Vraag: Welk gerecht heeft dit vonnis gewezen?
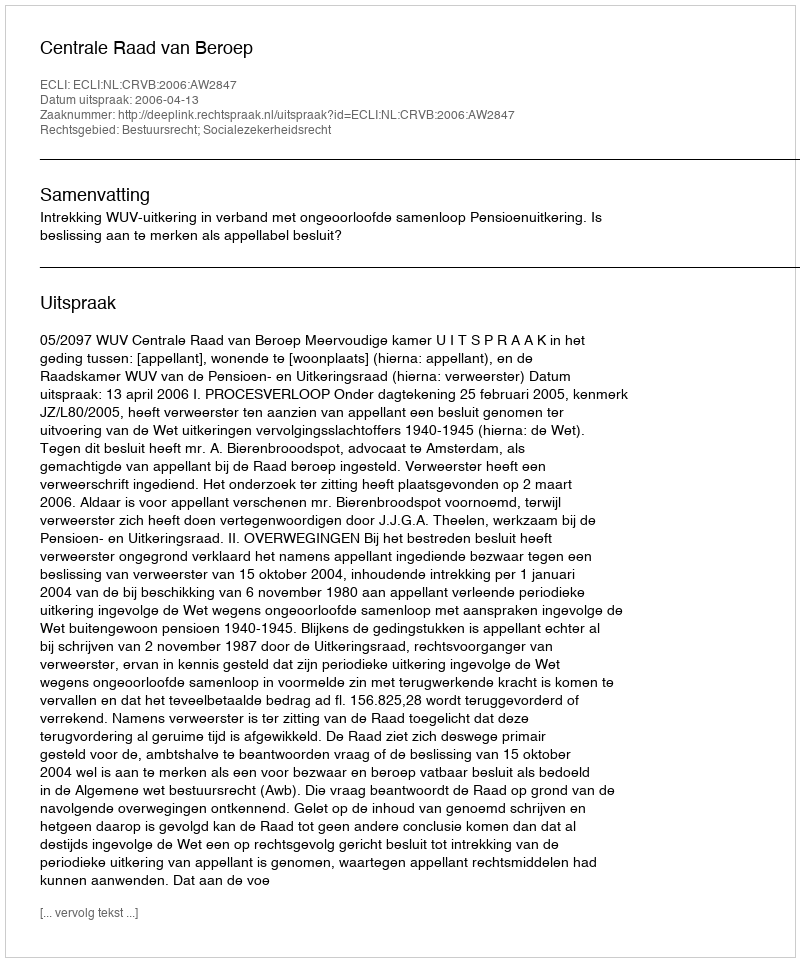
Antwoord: Centrale Raad van Beroep